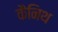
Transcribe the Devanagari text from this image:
कैनिथ